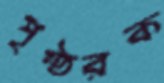
পৃষ্ঠরক